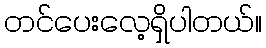
တင်ပေးလေ့ရှိပါတယ်။